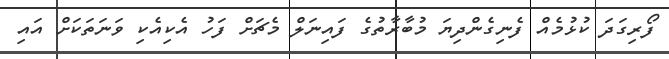
ފޯރިގަދަ ކުޅުމެއް ފެނިގެންދިޔަ މުބާރާތުގެ ފައިނަލް މެޗަށް ފަހު އެކިއެކި ވަނަތަކަށް އައި